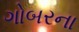
ગોબરના